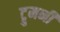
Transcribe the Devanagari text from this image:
ट्रुमनी